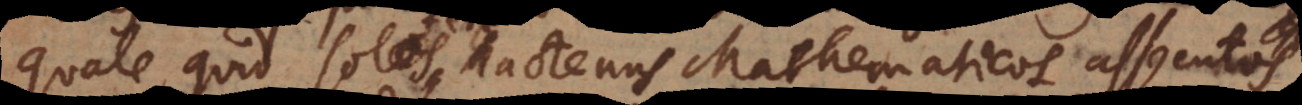
quale quid solos hactenus Mathematicos assecutos